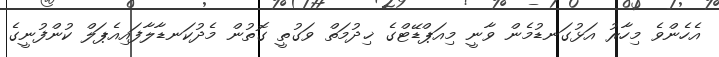
އެހެންވެ މިހާރު އަޅުގަނޑުމެން ވާނީ މިއަޕްޑޭޓްގެ ޚިދުމަތް ވަގުތީ ގޮތުން މެދުކަނޑާލާފައިއެޕަލް ކުންފުނީގެ